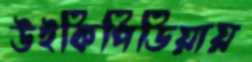
উইকিপিডিয়ায়